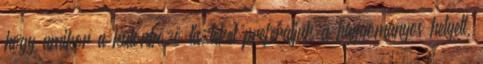
hogy amikor a különböző liszteket preferáljuk a hagyományos helyett,